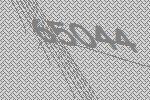
65044